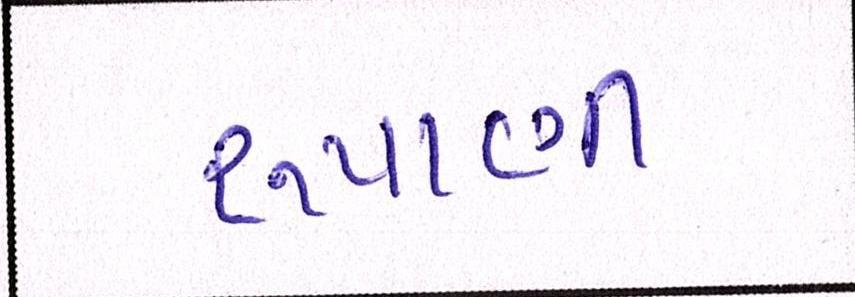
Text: રુપાણી